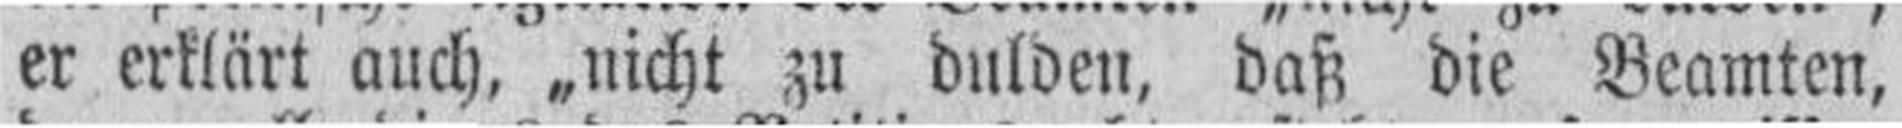
er erklärt auch, „nicht zu dulden, daß die Beamten,